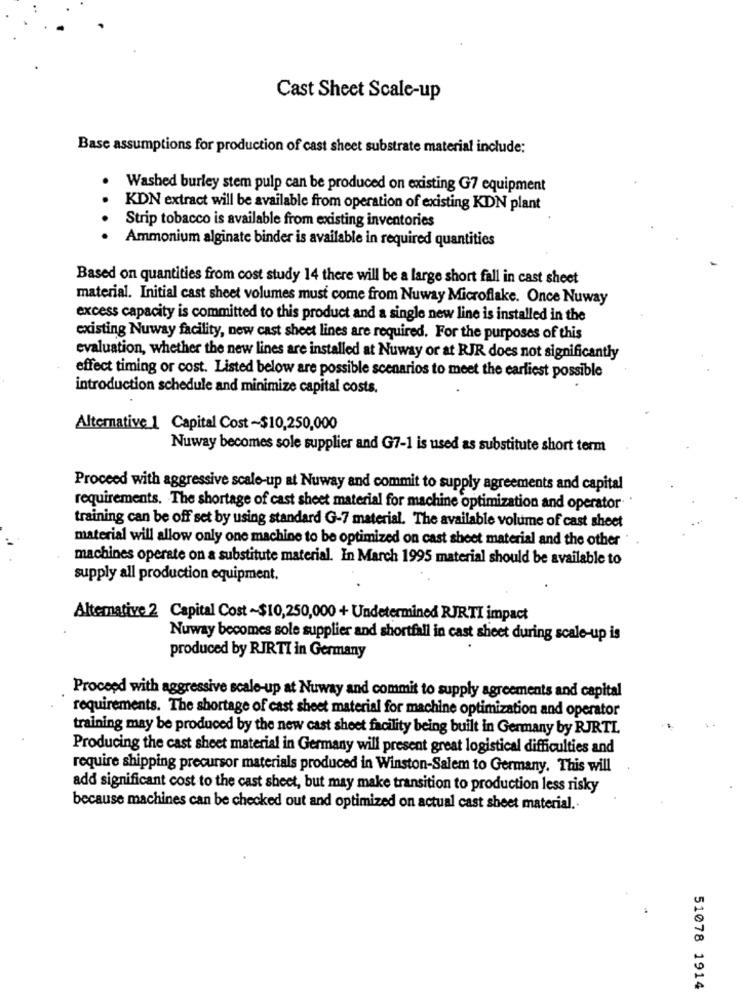
Cast Sheet Scale-up
Base assumptions for production of cast sheet substrate material include:
Washed burley stem pulp can be produced on existing G7 equipment
KDN extract will be available from operation of existing KDN plant
. ..
Strip tobacco is available from existing inventories
Ammonium alginate binder is available in required quantities
Based on quantities from cost study 14 there will be a large short fall in cast sheet
material. Initial cast sheet volumes must come from Nuway Microflake. Once Nuway
excess capacity is committed to this product and a single new line is installed in the
existing Nuway facility, new cast sheet lines are required. For the purposes of this
evaluation, whether the new lines are installed at Nuway or at RJR does not significantly
effect timing or cost. Listed below are possible scenarios to meet the earliest possible
introduction schedule and minimize capital costs.
Alternative 1 Capital Cost ~$10,250,000
Nuway becomes sole supplier and G7-1 is used as substitute short term
Proceed with aggressive scale-up at Nuway and commit to supply agreements and capital
requirements. The shortage of cast sheet material for machine optimization and operator
training can be off set by using standard G-7 material. The available volume of cast sheet
material will allow only one machine to be optimized on cast sheet material and the other
machines operate on a substitute material. In March 1995 material should be available to
supply all production equipment.
Altemative 2 Capital Cost ~$10,250,000 + Undetermined RJRTI impact
Nuway becomes sole supplier and shortfall in cast sheet during scale-up is
produced by RJRTI in Germany
Proceed with aggressive scale-up at Nuway and commit to supply agreements and capital
requirements. The shortage of cast sheet material for machine optimization and operator
training may be produced by the new cast sheet facility being built in Germany by RJRTL
Producing the cast sheet material in Germany will present great logistical difficulties and
require shipping precursor materials produced in Winston-Salem to Germany. This will
add significant cost to the cast sheet, but may make transition to production less risky
because machines can be checked out and optimized on actual cast sheet material ..
51078 1914